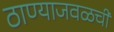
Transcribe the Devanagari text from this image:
ठाण्याजवळची